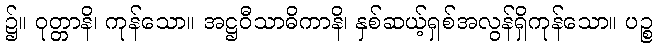
၌။ ဝုတ္တာနိ၊ ကုန်သော။ အဋ္ဌဝီသာဓိကာနိ၊ နှစ်ဆယ့်ရှစ်အလွန်ရှိကုန်သော။ ပဉ္စ